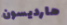
هارديسون